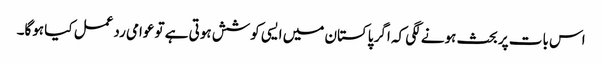
اس بات پر بحث ہونے لگی کہ اگر پاکستان میں ایسی کوشش ہوتی ہے تو عوامی ردعمل کیا ہوگا۔